Lunatic asylums Central Provinces reports 1874-1885 - 1874-1885
Year: 1874
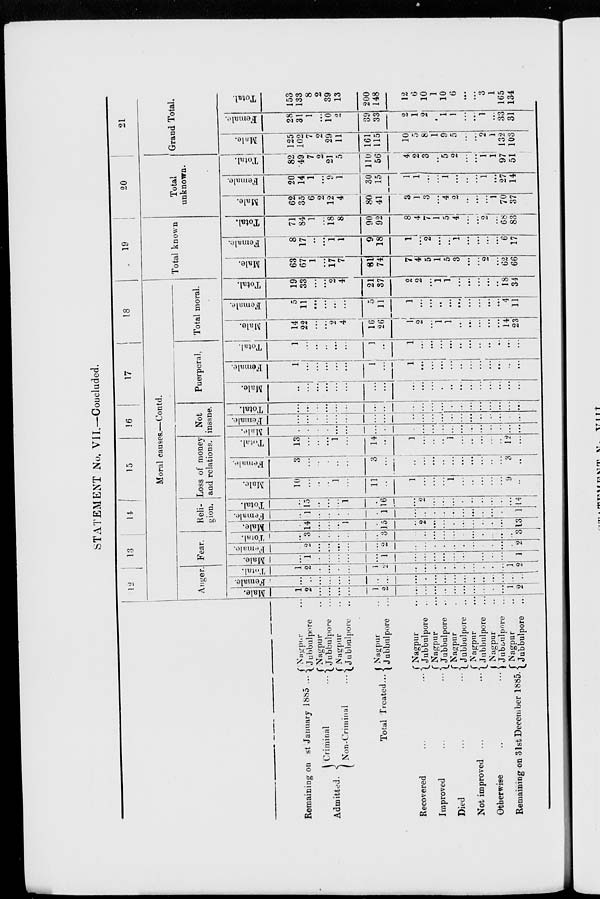
STATEMENT No. VII.—Coucluded.
Remaining on st January 1885 ...
Admitted.
Criminal
...
Non-Criminal
...
Total Treated ...
Recovered
...
...
Improved
...
...
Died
...
...
Not improved
...
...
Otherwise
...
...
Remaining on 31st December 1885.
Nagpur ...
Jubbulpore ...
Nagpur ...
Jubbulpore ...
Nagpur ...
Jubbulpore ...
Nagpur ...
Jubbulpore ...
Nagpur ...
Jubbulpore ...
Nagpur ...
Jubbulpore ...
Nagpur ...
Jubbulpore ...
Nagpur ...
Jubbulpore ...
Nagpur ...
Jubbulpore ...
Nagpur ...
Jubbulpore ...
12
13
14
15
16
17
18
Moral causes.—Contd.
Anger.
Male.
1
2
...
...
...
...
1
2
...
...
...
...
...
...
...
...
...
...
1
2
Female.
...
...
...
...
...
...
...
...
...
...
...
...
...
...
...
...
...
...
...
...
Total.
1
2
...
...
...
...
1
2
...
...
...
...
...
...
...
...
...
...
1
2
Fear.
Male.
...
1
...
...
...
...
...
1
...
...
...
...
...
...
...
...
...
...
...
1
Female.
...
2
...
...
...
...
...
2
...
...
...
...
...
...
...
...
...
...
...
2
Total.
...
3
...
...
...
...
...
3
...
...
...
...
...
...
...
...
...
...
...
3
Reli.
gion.
Male.
...
14
...
...
...
1
...
15
...
2
...
...
...
...
...
...
...
...
...
13
Female.
...
1
...
...
...
...
...
1
...
...
...
...
...
...
...
...
...
...
...
1
Total.
...
15
...
...
...
1
...
16
...
2
...
...
...
...
...
...
...
...
...
14
Loss of money
and relations.
Male.
10
...
...
...
1
...
11
...
1
...
...
...
1
...
...
...
...
...
9
...
Female.
3
...
...
...
...
...
3
...
...
...
...
...
...
...
...
...
...
...
3
...
Total.
13
...
...
...
1
...
14
...
1
...
...
...
1
...
...
...
...
...
12
...
Not
insane.
Male.
...
...
...
...
...
...
...
...
...
...
...
...
...
...
...
...
...
...
...
...
Female.
...
...
...
...
...
...
...
...
...
...
...
...
...
...
...
...
...
...
...
...
Total.
...
...
...
...
...
...
...
...
...
...
...
...
...
...
...
...
...
...
...
...
Puerperal.
Male.
...
...
...
...
...
...
...
...
...
...
...
...
...
...
...
...
...
...
...
...
Female.
1
...
...
...
...
...
1
...
1
...
...
...
...
...
...
...
...
...
...
...
Total.
1
...
...
...
...
...
1
...
1
...
...
...
...
...
...
...
..
...
...
...
Total moral.
Male.
14
22
...
...
2
4
16
26
1
2
...
1
1
...
...
...
...
...
14
23
Female.
5
11
...
...
...
...
5
11
1
...
...
...
...
...
...
...
...
...
4
11
Total.
19
33
...
...
2
4
21
37
2
2
...
1
1
...
...
...
...
...
18
34
19
Total known.
Male.
63
67
1
...
17
7
81
74
7
4
5
1
5
3
...
...
2
...
62
66
Female.
8
17
...
...
1
1
9
18
1
...
2
...
...
1
...
...
...
...
6
17
Total.
71
84
1
...
18
8
90
92
8
4
7
1
5
4
...
...
2
...
68
83
20
Total
unknown.
Male.
62
35
6
2
12
4
80
41
3
1
3
...
4
2
...
...
...
1
70
37
Female.
20
14
1
...
9
1
30
15
1
1
...
...
1
...
...
...
1
...
27
14
Total.
82
49
7
2
21
5
110
56
4
2
3
...
5
2
...
...
1
1
97
51
21
Grand Total.
Male.
125
102
7
2
29
11
161
115
10
5
8
1
9
5
...
...
2
1
132
103
Female.
28
31
1
...
10
2
39
33
2
1
2
...
1
1
...
...
1
...
33
31
Total.
153
133
8
2
39
13
200
148
12
6
10
1
10
6
...
...
3
1
165
134